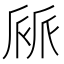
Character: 𠃄